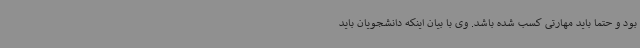
بود و حتماً باید مهارتی کسب شده باشد. وی با بیان اینکه دانشجویان باید